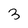
Character: 3